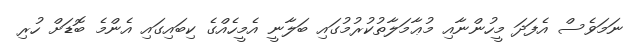
ނަމަވެސް އެފަދަ މީހުންނާއި މުޢާމަލާތުކުރުމުގައި ބަލާނީ އެމީހެއްގެ ކިބައިގައި އެންމެ ބޮޑަށް ހުރި